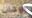
الإرهاب